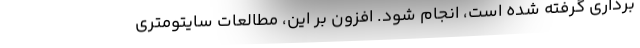
‌برداری گرفته شده است، انجام شود. افزون بر این، مطالعات سایتومتری